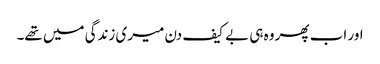
اور اب پھر وہ ہی بے کیف دن میری زندگی میں تھے۔